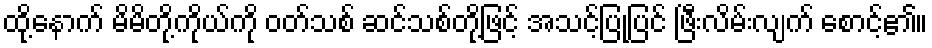
ထို့နောက် မိမိတို့ကိုယ်ကို ဝတ်သစ် ဆင်သစ်တို့ဖြင့် အသင့်ပြုပြင် ဖြီးလိမ်းလျက် စောင့်၏။